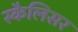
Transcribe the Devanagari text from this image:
स्कैलिसर